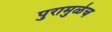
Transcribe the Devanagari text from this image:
पुरामुळेच